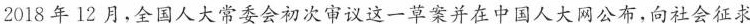
2018年12月，全国人大常委会初次审议这一草案并在中国人大网公布，向社会征求